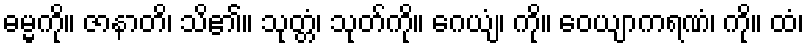
ဓမ္မကို။ ဇာနာတိ၊ သိ၏။ သုတ္တံ၊ သုတ်ကို။ ဂေယျံ၊ ကို။ ဝေယျာကရဏံ၊ ကို။ ထံ၊